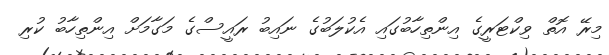
މިރޭ އޮތް ވިކްޓަރީގެ އިންތިހާބުގައި އެކުލަބުގެ ނައިބު ރައީސްގެ މަގާމަށް އިންތިހާބު ކުރި